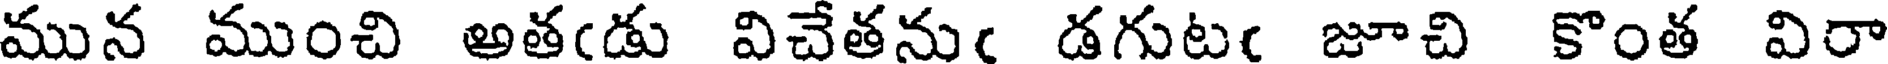
మున ముంచి అతఁడు విచేతనుఁ డగుటఁ జూచి కొంత విరా